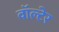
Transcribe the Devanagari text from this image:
वॉल्टेर